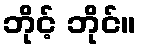
ဘိုင့် ဘိုင်။